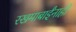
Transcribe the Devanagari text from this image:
रखमाबाईंनाही